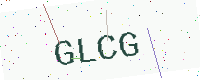
Text: GLCG